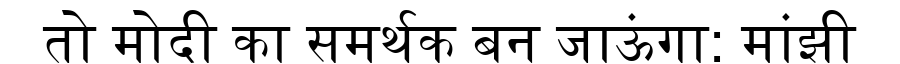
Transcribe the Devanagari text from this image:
तो मोदी का समर्थक बन जाऊंगा: मांझी